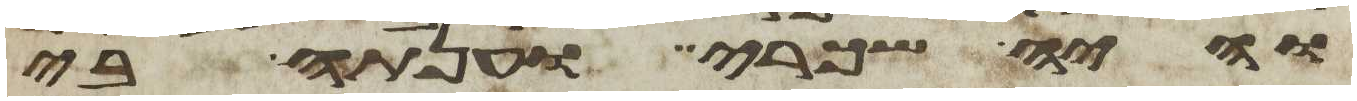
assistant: והיה שכרי וענתה בי